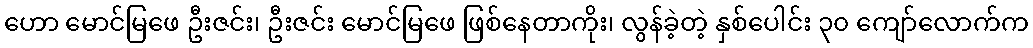
ဟော မောင်မြဖေ ဦးဇင်း၊ ဦးဇင်း မောင်မြဖေ ဖြစ်နေတာကိုး၊ လွန်ခဲ့တဲ့ နှစ်ပေါင်း ၃၀ ကျော်လောက်က